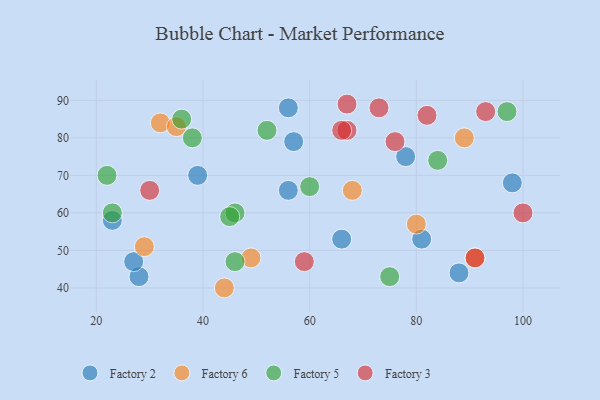
{"axis": {"x": "GDP", "y": "Life Expectancy"}, "legend": ["Factory 2", "Factory 3", "Factory 5", "Factory 6"], "data": [{"x": "23", "y": 58, "type": "Factory 2"}, {"x": "28", "y": 43, "type": "Factory 2"}, {"x": "57", "y": 79, "type": "Factory 2"}, {"x": "98", "y": 68, "type": "Factory 2"}, {"x": "66", "y": 53, "type": "Factory 2"}, {"x": "88", "y": 44, "type": "Factory 2"}, {"x": "56", "y": 88, "type": "Factory 2"}, {"x": "27", "y": 47, "type": "Factory 2"}, {"x": "39", "y": 70, "type": "Factory 2"}, {"x": "56", "y": 66, "type": "Factory 2"}, {"x": "78", "y": 75, "type": "Factory 2"}, {"x": "81", "y": 53, "type": "Factory 2"}, {"x": "89", "y": 80, "type": "Factory 6"}, {"x": "44", "y": 40, "type": "Factory 6"}, {"x": "32", "y": 84, "type": "Factory 6"}, {"x": "35", "y": 83, "type": "Factory 6"}, {"x": "68", "y": 66, "type": "Factory 6"}, {"x": "91", "y": 48, "type": "Factory 6"}, {"x": "80", "y": 57, "type": "Factory 6"}, {"x": "49", "y": 48, "type": "Factory 6"}, {"x": "29", "y": 51, "type": "Factory 6"}, {"x": "36", "y": 85, "type": "Factory 5"}, {"x": "97", "y": 87, "type": "Factory 5"}, {"x": "75", "y": 43, "type": "Factory 5"}, {"x": "52", "y": 82, "type": "Factory 5"}, {"x": "46", "y": 47, "type": "Factory 5"}, {"x": "38", "y": 80, "type": "Factory 5"}, {"x": "23", "y": 60, "type": "Factory 5"}, {"x": "46", "y": 60, "type": "Factory 5"}, {"x": "22", "y": 70, "type": "Factory 5"}, {"x": "84", "y": 74, "type": "Factory 5"}, {"x": "60", "y": 67, "type": "Factory 5"}, {"x": "45", "y": 59, "type": "Factory 5"}, {"x": "93", "y": 87, "type": "Factory 3"}, {"x": "100", "y": 60, "type": "Factory 3"}, {"x": "59", "y": 47, "type": "Factory 3"}, {"x": "67", "y": 82, "type": "Factory 3"}, {"x": "73", "y": 88, "type": "Factory 3"}, {"x": "76", "y": 79, "type": "Factory 3"}, {"x": "67", "y": 89, "type": "Factory 3"}, {"x": "82", "y": 86, "type": "Factory 3"}, {"x": "30", "y": 66, "type": "Factory 3"}, {"x": "66", "y": 82, "type": "Factory 3"}, {"x": "91", "y": 48, "type": "Factory 3"}]}